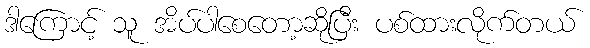
ဒါကြောင့် သူ အိပ်ပါစေတော့ဆိုပြီး ပစ်ထားလိုက်တယ်